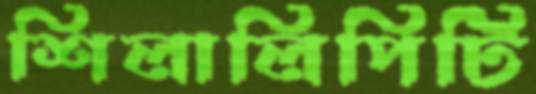
শিলালিপিটি